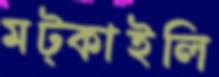
মট্‌কাইলি